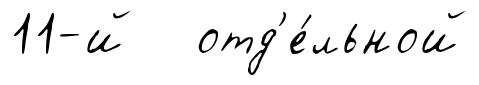
11-й отд'е́льной